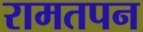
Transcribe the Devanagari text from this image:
रामतपन